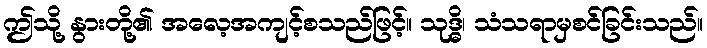
ဤသို့ နွားတို့၏ အလေ့အကျင့်စသည်ဖြင့်။ သုဒ္ဓိ၊ သံသရာမှစင်ခြင်းသည်။